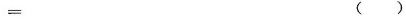
= ()